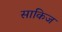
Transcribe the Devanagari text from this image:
साकिज